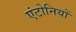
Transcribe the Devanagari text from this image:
एंटोनियों